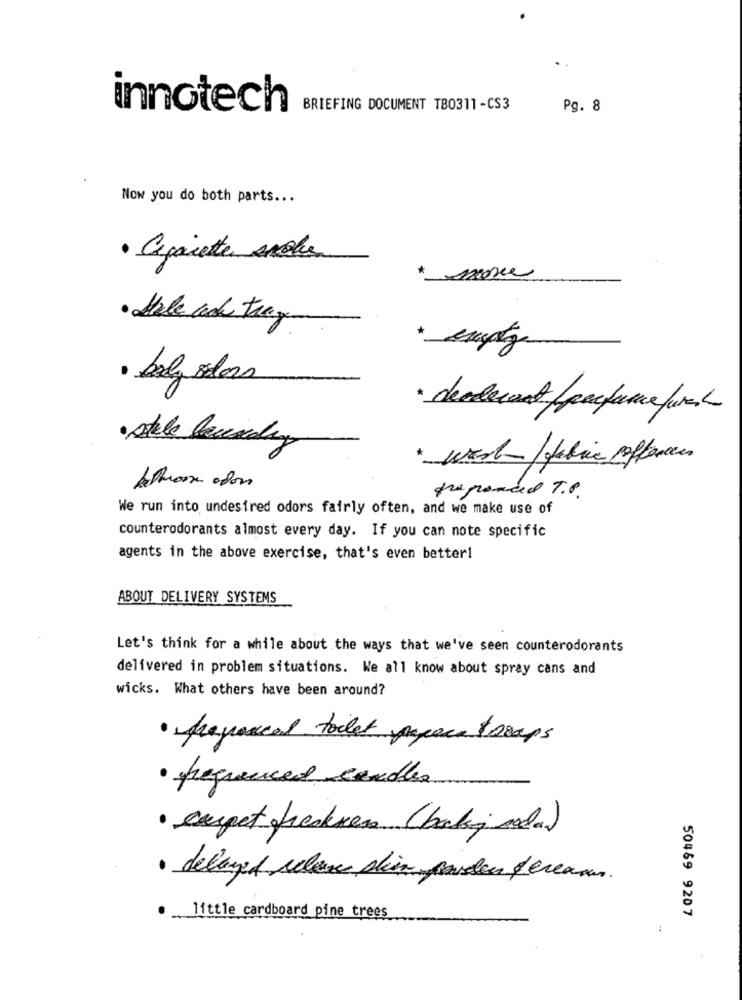
innotech
BRIEFING DOCUMENT TB0311-CS3
Pg. 8
Now you do both parts ...
· Cigarette anche
· Hale ack trag
* septz
· baly solors
* deadecent /perfume furcs
·stale laundry
* wert / fabric sofferen
beAroom odon
We run into undesired odors fairly often, and we make use of
counterodorants almost every day. If you can note specific
agents in the above exercise, that's even better!
ABOUT DELIVERY SYSTEMS
Let's think for a while about the ways that we've seen counterodorants
delivered in problem situations. We all know about spray cans and
wicks. What others have been around?
· proposeal toilet paper troops
· frequenced candles
· carpet frecker (baking soda)
· delayed celeme dien pordes pereaux
50469 9207
little cardboard pine trees